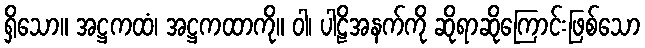
ရှိသော။ အဋ္ဌကထံ၊ အဋ္ဌကထာကို။ ဝါ၊ ပါဠိအနက်ကို ဆိုရာဆိုကြောင်းဖြစ်သော